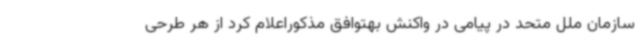
سازمان ملل متحد در پیامی در واکنش بهتوافق مذکوراعلام کرد از هر طرحی